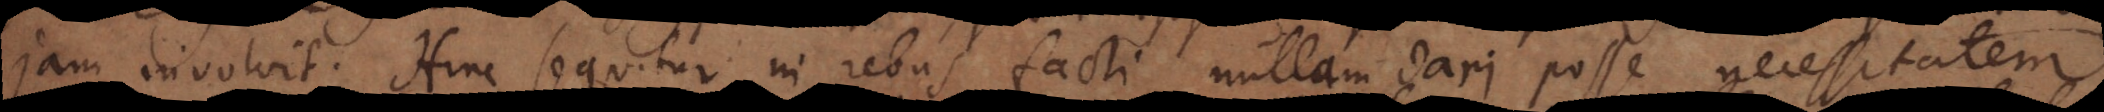
jam involvit. Hinc sequitur in rebus facti nullam dari posse necessitatem